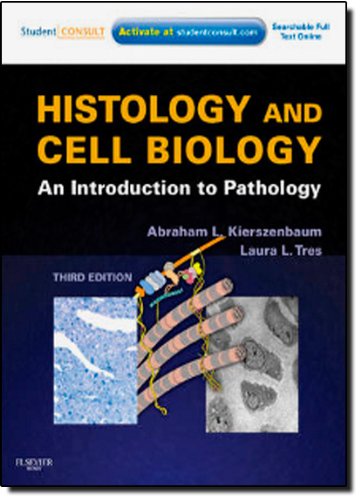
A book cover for Histology and Cell Biology: An Introduction to Pathology; Abraham L Kierszenbaum; Medical Books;